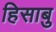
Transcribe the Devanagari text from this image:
हिसाबु